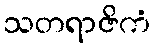
သတရာဇိကံ